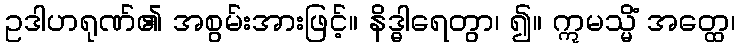
ဥဒါဟရုဏ်၏ အစွမ်းအားဖြင့်။ နိဒ္ဓါရေတွာ၊ ၍။ ဣမသ္မိံ အတ္ထေ၊